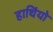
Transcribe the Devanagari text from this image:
हाथिंयो